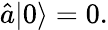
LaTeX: {\hat{a}}|0\rangle=0.